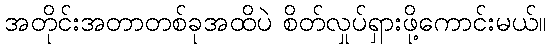
အတိုင်းအတာတစ်ခုအထိပဲ စိတ်လှုပ်ရှားဖို့ကောင်းမယ်။